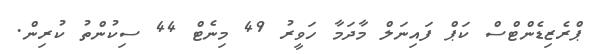
ޕްރެޒިޑެންޓްސް ކަޕް ފައިނަލް މާދަމާ ހަވީރު 49 މިނެޓް 44 ސިކުންތު ކުރިން.